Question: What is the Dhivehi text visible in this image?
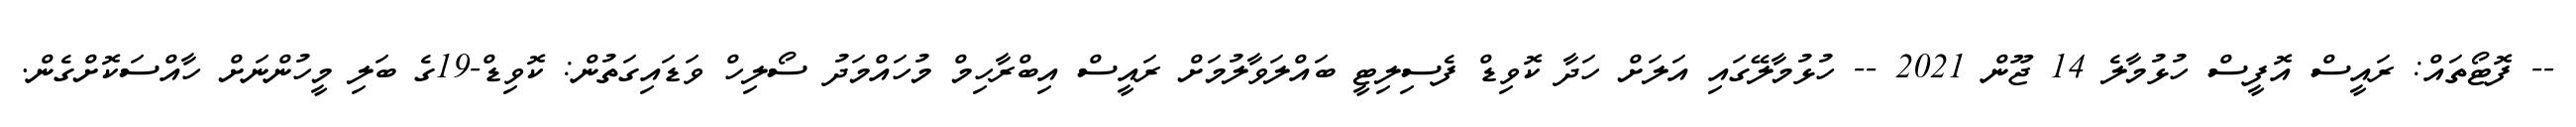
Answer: -- ފޮޓޯތައް: ރައީސް އޮފީސް ހުޅުމާލެ 14 ޖޫން 2021 -- ހުޅުމާލޭގައި އަލަށް ހަދާ ކޮވިޑް ފެސިލިޓީ ބައްލަވާލުމަށް ރައީސް އިބްރާހިމް މުހައްމަދު ސޯލިހް ވަޑައިގަތުން: ކޮވިޑް-19ގެ ބަލި މީހުންނަށް ހާއްސަކޮށްގެން.